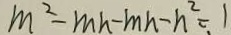
m ^ { 2 } - m h - m h - n ^ { 2 } = 1